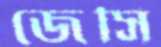
জেসি